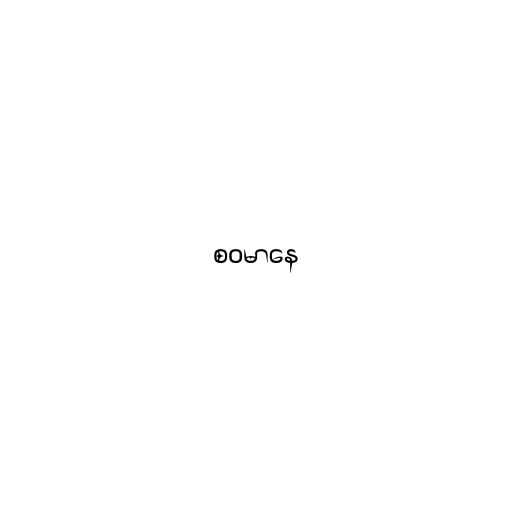
စဝမာနေ